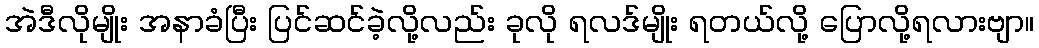
အဲဒီလိုမျိုး အနာခံပြီး ပြင်ဆင်ခဲ့လို့လည်း ခုလို ရလဒ်မျိုး ရတယ်လို့ ပြောလို့ရလားဗျာ။